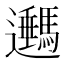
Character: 𨙔